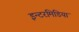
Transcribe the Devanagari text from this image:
इन्टरमिडिया